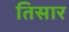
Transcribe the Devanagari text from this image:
तिसार